Annual statistical returns and brief notes on vaccination in Bengal - 1887-1898
Year: 1887
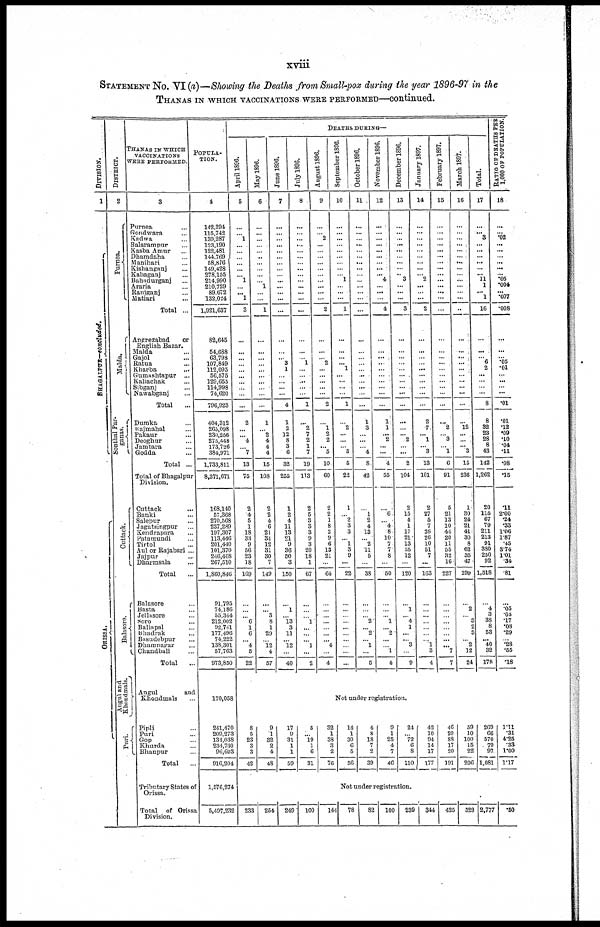
xviii
STATEMENT NO. VI (a)—Showing the Deaths from Small-pox during the year 1896-97 in the
THANAS IN WHICH VACCINATIONS WERE PERFORMED—continued.
DIVISION.
1
BHAGALPUR—concluded.
ORISSA.
DISTRICT.
2
Purnea.
Malda.
Sonthal Par-
ganas.
Cuttack.
Balasore.
Angul and
Khondmals.
Puri.
THANAS IN WHICH
VACCINATIONS
WERE PERFORMED.
3
Purnea ...
Gondwara ...
Kadwa ...
Balarampur ...
Kasba Amur ...
Dhamdaha ...
Manihari ...
Kishanganj ...
Kaliaganj ...
Bahadurganj ...
Araria ...
Raniganj ...
Matiari ...
Total ...
Angrezabad
or
English Bazar.
Malda ...
Gajol ...
Ratua ...
Kharba ...
Gumashtapur ...
Kaliachak ...
Sibganj ...
Nawabganj ...
Total ...
Dumka ...
Rajmahal ...
Pakaur ...
Deoghur ...
Jamtara ...
Godda ...
Total ...
Total of Bhagalpur
Division.
Cuttack ...
Banki ...
Salepur ...
Jagatsingpur ...
Kendrapara ...
Patamundi ...
Tirtol ...
Aul or Rajabari ...
Jajpur ...
Dharmsala ...
Total ...
Balasore ...
Basta ...
Jellasore ...
Soro ...
Baliapal ...
Bhadrak ...
Basudebpur ...
Dhamnagar ...
Chandbali ...
Total ...
Angul
and
Khondmals ...
Pipli ...
Pari ...
Gop ...
Khurda ...
Bhanpur ...
Total ...
Tributary States of
Orissa.
Total
of Orissa
Division.
POPULA-
TION.
4
142,294
115,742
139,287
123,190
122,481
144,769
58,876
149,428
278,155
214,990
210,729
89,672
132,024
1,921,637
82,645
54,688
63,798
107,849
112,095
56,575
129,655
114,998
74,620
796,923
404,312
265,098
230,256
275,448
173,726
384,971
1,733,811
8,371,671
168,140
57,368
270,568
237,289
197,307
113,446
201,440
101,370
246,408
267,510
1,860,846
91,795
74,186
55,344
212,002
92,741
177,496
74,222
138,301
57,763
973,850
170,058
241,470
209,273
134,038
234,730
96,693
916,204
1,576,274
5,497,232
DEATHS DURING—
April 1896.
5
...
...
1
...
...
...
...
...
... 1
...
... 1
3
...
...
...
...
... ...
...
...
...
...
2
...
...
4
...
7
13
75
2
4
5
1
18
33
9
56
23
18
169
...
...
...
6
1
6
...
4
6
22
May 1896.
6
...
...
...
...
...
...
...
...
...
...
1
...
...
1
...
...
...
...
...
...
...
...
...
...
1
...
2
4
4
4
15
108
2
2
4
6
21
34
12
31
30
7
149
...
...
3
8
1
29
...
12
4
57
June 1896.
7
...
...
...
...
...
...
...
...
...
...
...
...
...
...
...
...
...
3
1
...
...
...
...
4
1
2
12
8
3
6
32
255
1
2
4
11
13
21
9
36
50
3
150
...
1
...
13
3
11
...
12
...
40
July 1896.
8
...
...
...
...
...
...
...
...
...
...
...
...
...
...
...
...
...
1
...
...
...
...
...
1
...
2
7
2
1
7
19
113
2
5
3
3
3
9
3
20
18
1
67
...
...
...
1
...
...
...
1
...
2
August 1896.
9
...
...
2
...
...
...
...
...
...
...
...
...
...
2
...
...
...
2
...
...
...
...
...
2
...
1
2
2
... 5
10
60
2
2
1
8
2
9
6
13
21
...
64
...
...
...
...
...
...
...
4
...
4
September 1896.
10
...
...
...
...
...
...
...
...
...
1
...
...
...
1
...
...
...
... 1
...
...
...
...
1
...
2
...
...
...
3
5
22
1
...
2
3
3
...
1
3
9
...
22
...
...
...
...
...
...
...
...
...
...
October 1896.
11
...
...
...
...
...
...
...
...
...
...
...
...
...
...
...
...
...
...
...
...
...
...
...
...
1
3
...
...
...
4
8
42
...
1
2
4
13
...
2
11
5
...
38
...
...
...
2
...
2
...
1
...
5
November 1896.
12
...
...
...
...
...
...
...
...
... 4
...
...
...
4
...
...
...
...
...
...
...
...
...
...
1
1
... 2
...
...
4
55
...
6
...
4
8
10
7
7
8
...
50
...
...
...
1
...
2
...
...
1
4
December 1896.
13
...
...
...
...
...
...
...
...
... 3
...
...
...
3
...
...
...
...
...
...
...
...
...
...
...
...
... 2
...
...
2
104
2
15
4
1
17
21
13
35
12
...
120
...
1
...
4
1
...
...
3
...
9
January 1897.
14
...
...
...
...
...
...
... ...
...
2
...
...
...
2
...
...
...
...
...
...
...
...
...
...
2
7
... 1
...
3
13
101
2
27
5
7
26
26
10
51
7
...
163
...
...
...
...
...
...
...
1
3
4
February 1897.
15
...
...
...
...
...
...
...
...
...
...
...
...
...
...
...
...
...
...
...
...
...
...
...
...
...
2
...
3
...
1
6
91
5
21
13
10
44
20
11
55
32
16
227
...
...
...
...
...
...
...
...
7
7
March 1897.
16
...
...
...
...
...
...
...
...
...
...
...
...
...
...
...
...
...
...
...
...
...
...
...
...
...
12
...
...
...
3
15
236
1
30
24
21
41
30
8
62
35
47
299
...
2
...
3
2
3
...
2
12
24
Total.
17
...
...
3
...
...
...
... ...
... 11
1
... 1
16
...
...
... 6
2
...
...
...
...
8
8
32
23
28
8
43
142
1,262
20
115
67
79
211
213
91
380
250
92
1,518
...
4
3
38
8
53
...
40
32
178
RATIO OF DEATHS PER
1,000 OF POPULATION.
18
...
...
.02
...
...
...
...
...
... .05
.004
... .007
.008
...
...
... .05
.01
...
...
...
...
.01
.01
.12
.09
.10
.04
.11
.08
.15
.11
2.00
.24
.33
1.06
1.87
.45
3.74
1.01
.34
.81
...
.05
.05
.17
.08
.29
...
.28
.55
.18
Not under registration.
8
5
23
3
3
42
9
1
32
2
4
48
17
9
31
1
1
59
5
... 19
1
6
31
32
1
38
3
2
76
14
1
30
6
5
56
4
8
18
7
2
39
9
1
25
4
7
46
24
...
72
6
8
110
42
10
94
14
17
177
46
20
88
17
20
191
59
10
100
15
22
206
269
66
570
79
97
1,081
1.11
.31
4.25
.33
1.00
1.17
Not under registration.
233
254
249
100
144
78
82
100
239
344
425
529 2,777
.50